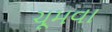
ચૂમવા